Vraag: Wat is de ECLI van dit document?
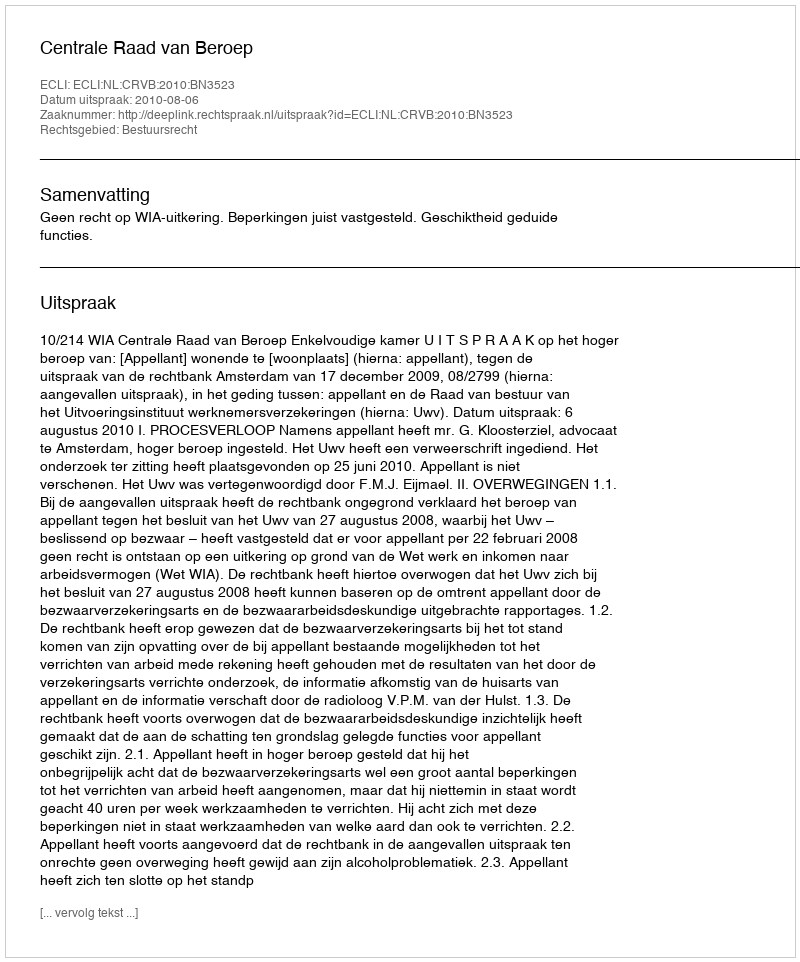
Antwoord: ECLI:NL:CRVB:2010:BN3523